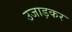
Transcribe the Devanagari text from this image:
उजाड़कर